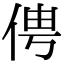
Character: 俜